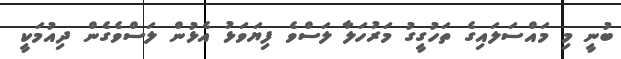
ބުނީ މި މައްސަލައިގެ ތަހުގީގު މަރުހަލާ ލަސްވެ ފިޔަވަޅު އެޅުން ލަސްވެގެން ދިއުމަކީ